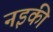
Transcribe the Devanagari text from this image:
नइकी